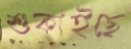
শুকাইছে